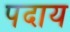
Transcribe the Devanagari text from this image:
पदाय